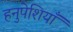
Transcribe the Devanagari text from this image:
हनुपेशियाँ